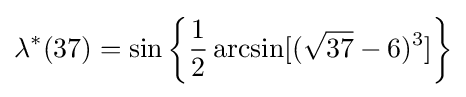
\lambda ^{*}(37)=\sin \left\{{\frac {1}{2}}\arcsin[({\sqrt {37}}-6)^{3}]\right\}